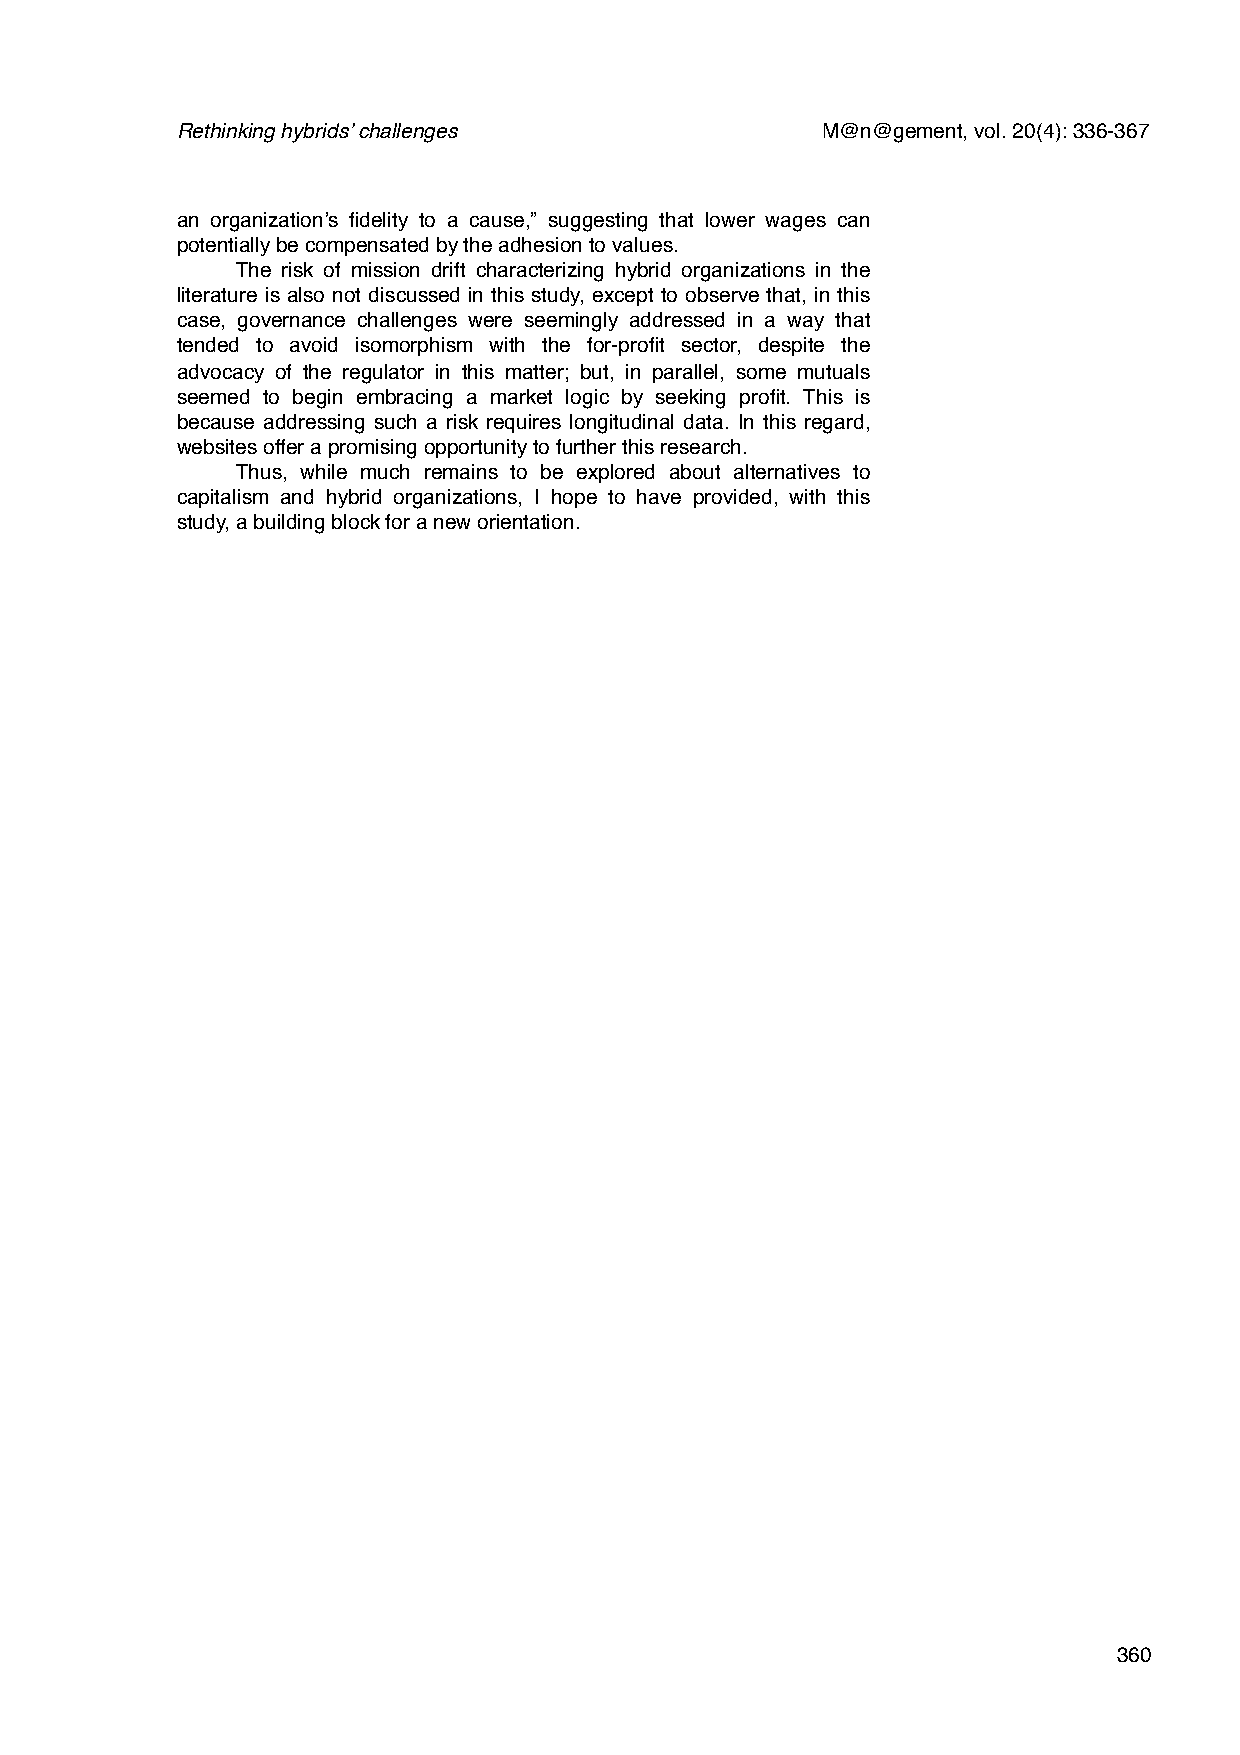
Rethinking hybrids’ challenges            M@n@gement, vol. 20(4): 336-367
 an organization’s fidelity to a cause,” suggesting that lower wages can
 potentially be compensated by the adhesion to values.
 The risk of mission drift characterizing hybrid organizations in the
 literature is also not discussed in this study, except to observe that, in this
 case, governance challenges were seemingly addressed in a way that
 tended to avoid isomorphism with the for-profit sector, despite the
 advocacy of the regulator in this matter; but, in parallel, some mutuals
 seemed to begin embracing a market logic by seeking profit. This is
 because addressing such a risk requires longitudinal data. In this regard,
 websites offer a promising opportunity to further this research.
 Thus, while much remains to be explored about alternatives to
 capitalism and hybrid organizations, I hope to have provided, with this
 study, a building block for a new orientation.
 360